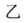
乙